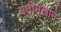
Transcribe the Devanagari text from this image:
यतीमखाने